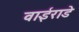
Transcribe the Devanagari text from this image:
वाईराडे